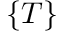
\{ T \}